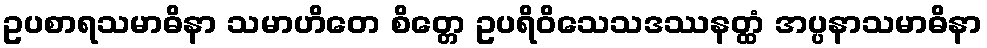
ဥပစာရသမာဓိနာ သမာဟိတေ စိတ္တေ ဥပရိဝိသေသဒဿနတ္ထံ အပ္ပနာသမာဓိနာ